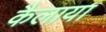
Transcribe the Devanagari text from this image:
कैलाया